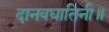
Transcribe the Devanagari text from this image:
दानवघातिनी॥